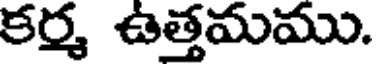
కర్మ ఉత్తమము.